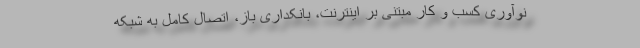
نوآوری کسب و کار مبتنی بر اینترنت، بانکداری باز، اتصال کامل به شبکه